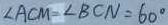
\angle A C M = \angle B C N = 6 0 ^ { \circ }